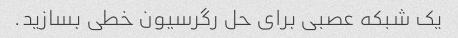
یک شبکه عصبی برای حل رگرسیون خطی بسازید.